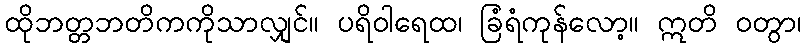
ထိုဘတ္တဘတိကကိုသာလျှင်။ ပရိဝါရေထ၊ ခြံရံကုန်လော့။ ဣတိ ဝတွာ၊